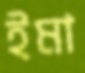
ইমা